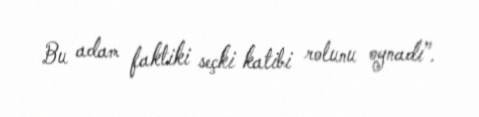
Bu adam faktiki seçki katibi rolunu oynadı”.